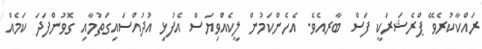
ރައްކާކުރެވޭ ޕްރެޝަރަކީ ފަސް ބާރއެވެ. އެހެންކަމުން ލީކެއްވިޔަސް އެފުޅި އުދުއްސައިގަތުމާއި ގޮވުންފަދަ ކަމެއް